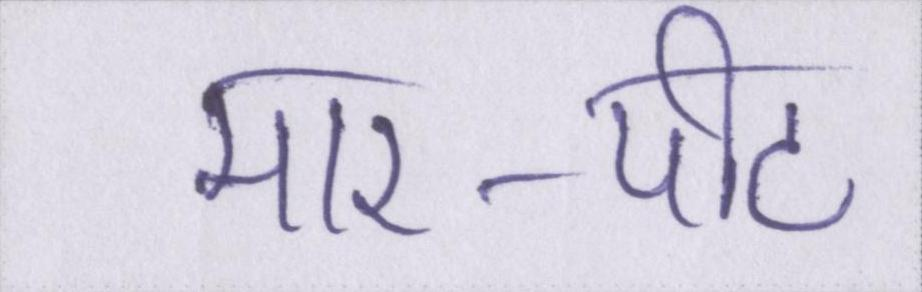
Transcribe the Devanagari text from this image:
मार-पीट